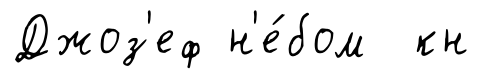
Джоз'еф н'е́бом кн